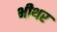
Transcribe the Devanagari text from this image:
भीथर